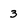
Character: 3